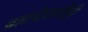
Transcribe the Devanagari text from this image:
ब्रह्मदेवाचीही